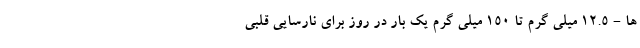
ها - 12.5 میلی گرم تا 150 میلی گرم یک بار در روز برای نارسایی قلبی